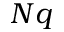
N q